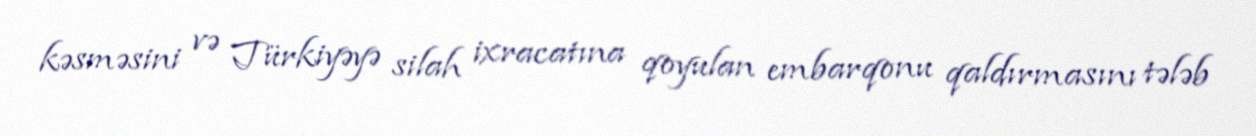
kəsməsini və Türkiyəyə silah ixracatına qoyulan embarqonu qaldırmasını tələb